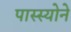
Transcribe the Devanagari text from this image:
पास्स्योने